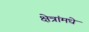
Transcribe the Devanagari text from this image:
क्षेत्रांमधे